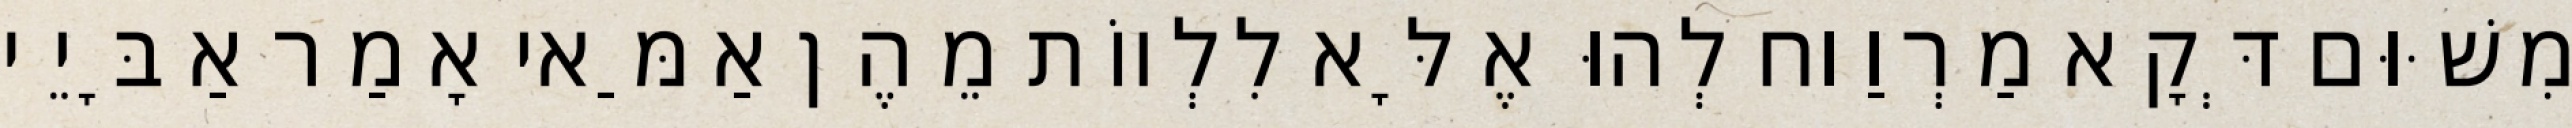
מִשּׁוּם דְּקָא מַרְוַוח לְהוּ אֶלָּא לִלְווֹת מֵהֶן אַמַּאי אָמַר אַבָּיֵי